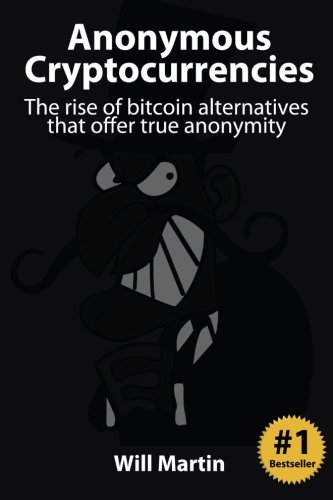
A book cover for Anonymous Cryptocurrencies: The rise of bitcoin alternatives that offer true anonymity; Will Martin; Computers & Technology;